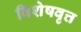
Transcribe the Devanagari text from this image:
विशेषवृत्त